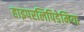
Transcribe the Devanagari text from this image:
हाइपरलिपिडेमिया